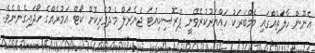
އެނޫން ހާލަތެއްގައި މެމްބަރަކު ހައްޔަރުކުރެވޭނީ ޕްރޮސިކިއުޓަ ޖެނެރަލް މެދުވެރިކޮށް ކޯޓް އަމުރެއްގެ ހޯދައިގެންނެވެ.